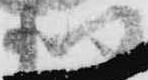
利